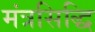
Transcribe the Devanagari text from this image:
मंत्रसिद्धि